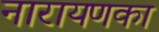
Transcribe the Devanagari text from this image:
नारायणका